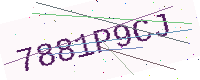
Text: 7881P9CJ